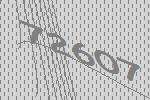
72607